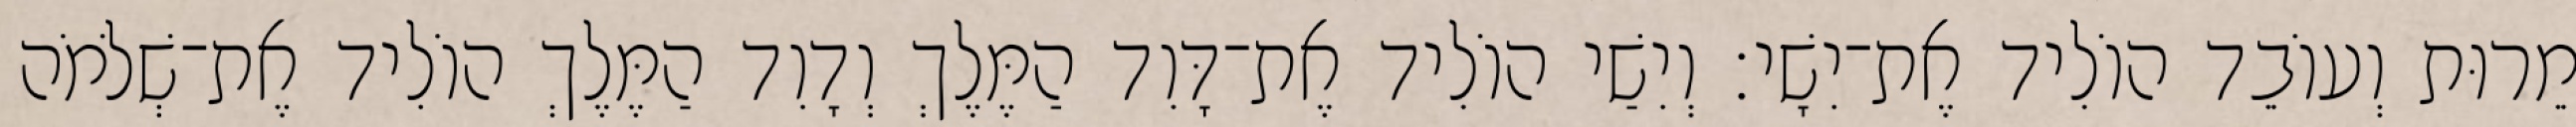
מֵרוּת וְעוֹבֵד הוֹלִיד אֶת־יִשָׁי׃ וְיִשַׁי הוֹלִיד אֶת־דָּוִד הַמֶּלֶךְ וְדָוִד הַמֶּלֶךְ הוֹלִיד אֶת־שְׁלֹמֹה